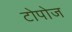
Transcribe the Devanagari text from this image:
टोपोज